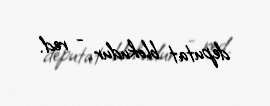
deputat blokudur - red.